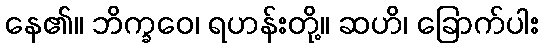
နေ၏။ ဘိက္ခဝေ၊ ရဟန်းတို့။ ဆဟိ၊ ခြောက်ပါး